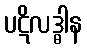
ပဋိလဒ္ဓါန